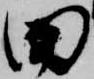
田